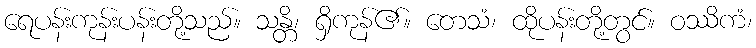
ရေပန်းကုန်းပန်းတို့သည်။ သန္တိ၊ ရှိကုန်၏။ တေသံ၊ ထိုပန်းတို့တွင်။ ဝဿိကံ၊